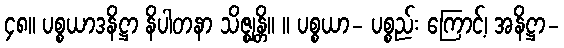
၄၈။ ပစ္စယာဒနိဋ္ဌာ နိပါတနာ သိဇ္ဈန္တိ။ ။ ပစ္စယာ- ပစ္စည်း ကြောင့်၊ အနိဋ္ဌာ-